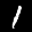
Label: 1